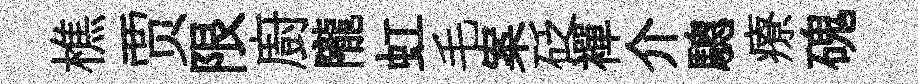
樵贾限廚隴虹毛案砭襌介驄療磈